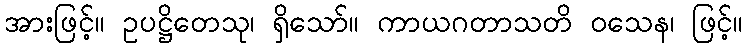
အားဖြင့်။ ဥပဋ္ဌိတေသု၊ ရှိသော်။ ကာယဂတာသတိ ဝသေန၊ ဖြင့်။